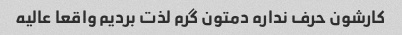
کارشون حرف نداره دمتون گرم لذت بردیم واقعا عالیه